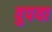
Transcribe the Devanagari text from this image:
वुपया